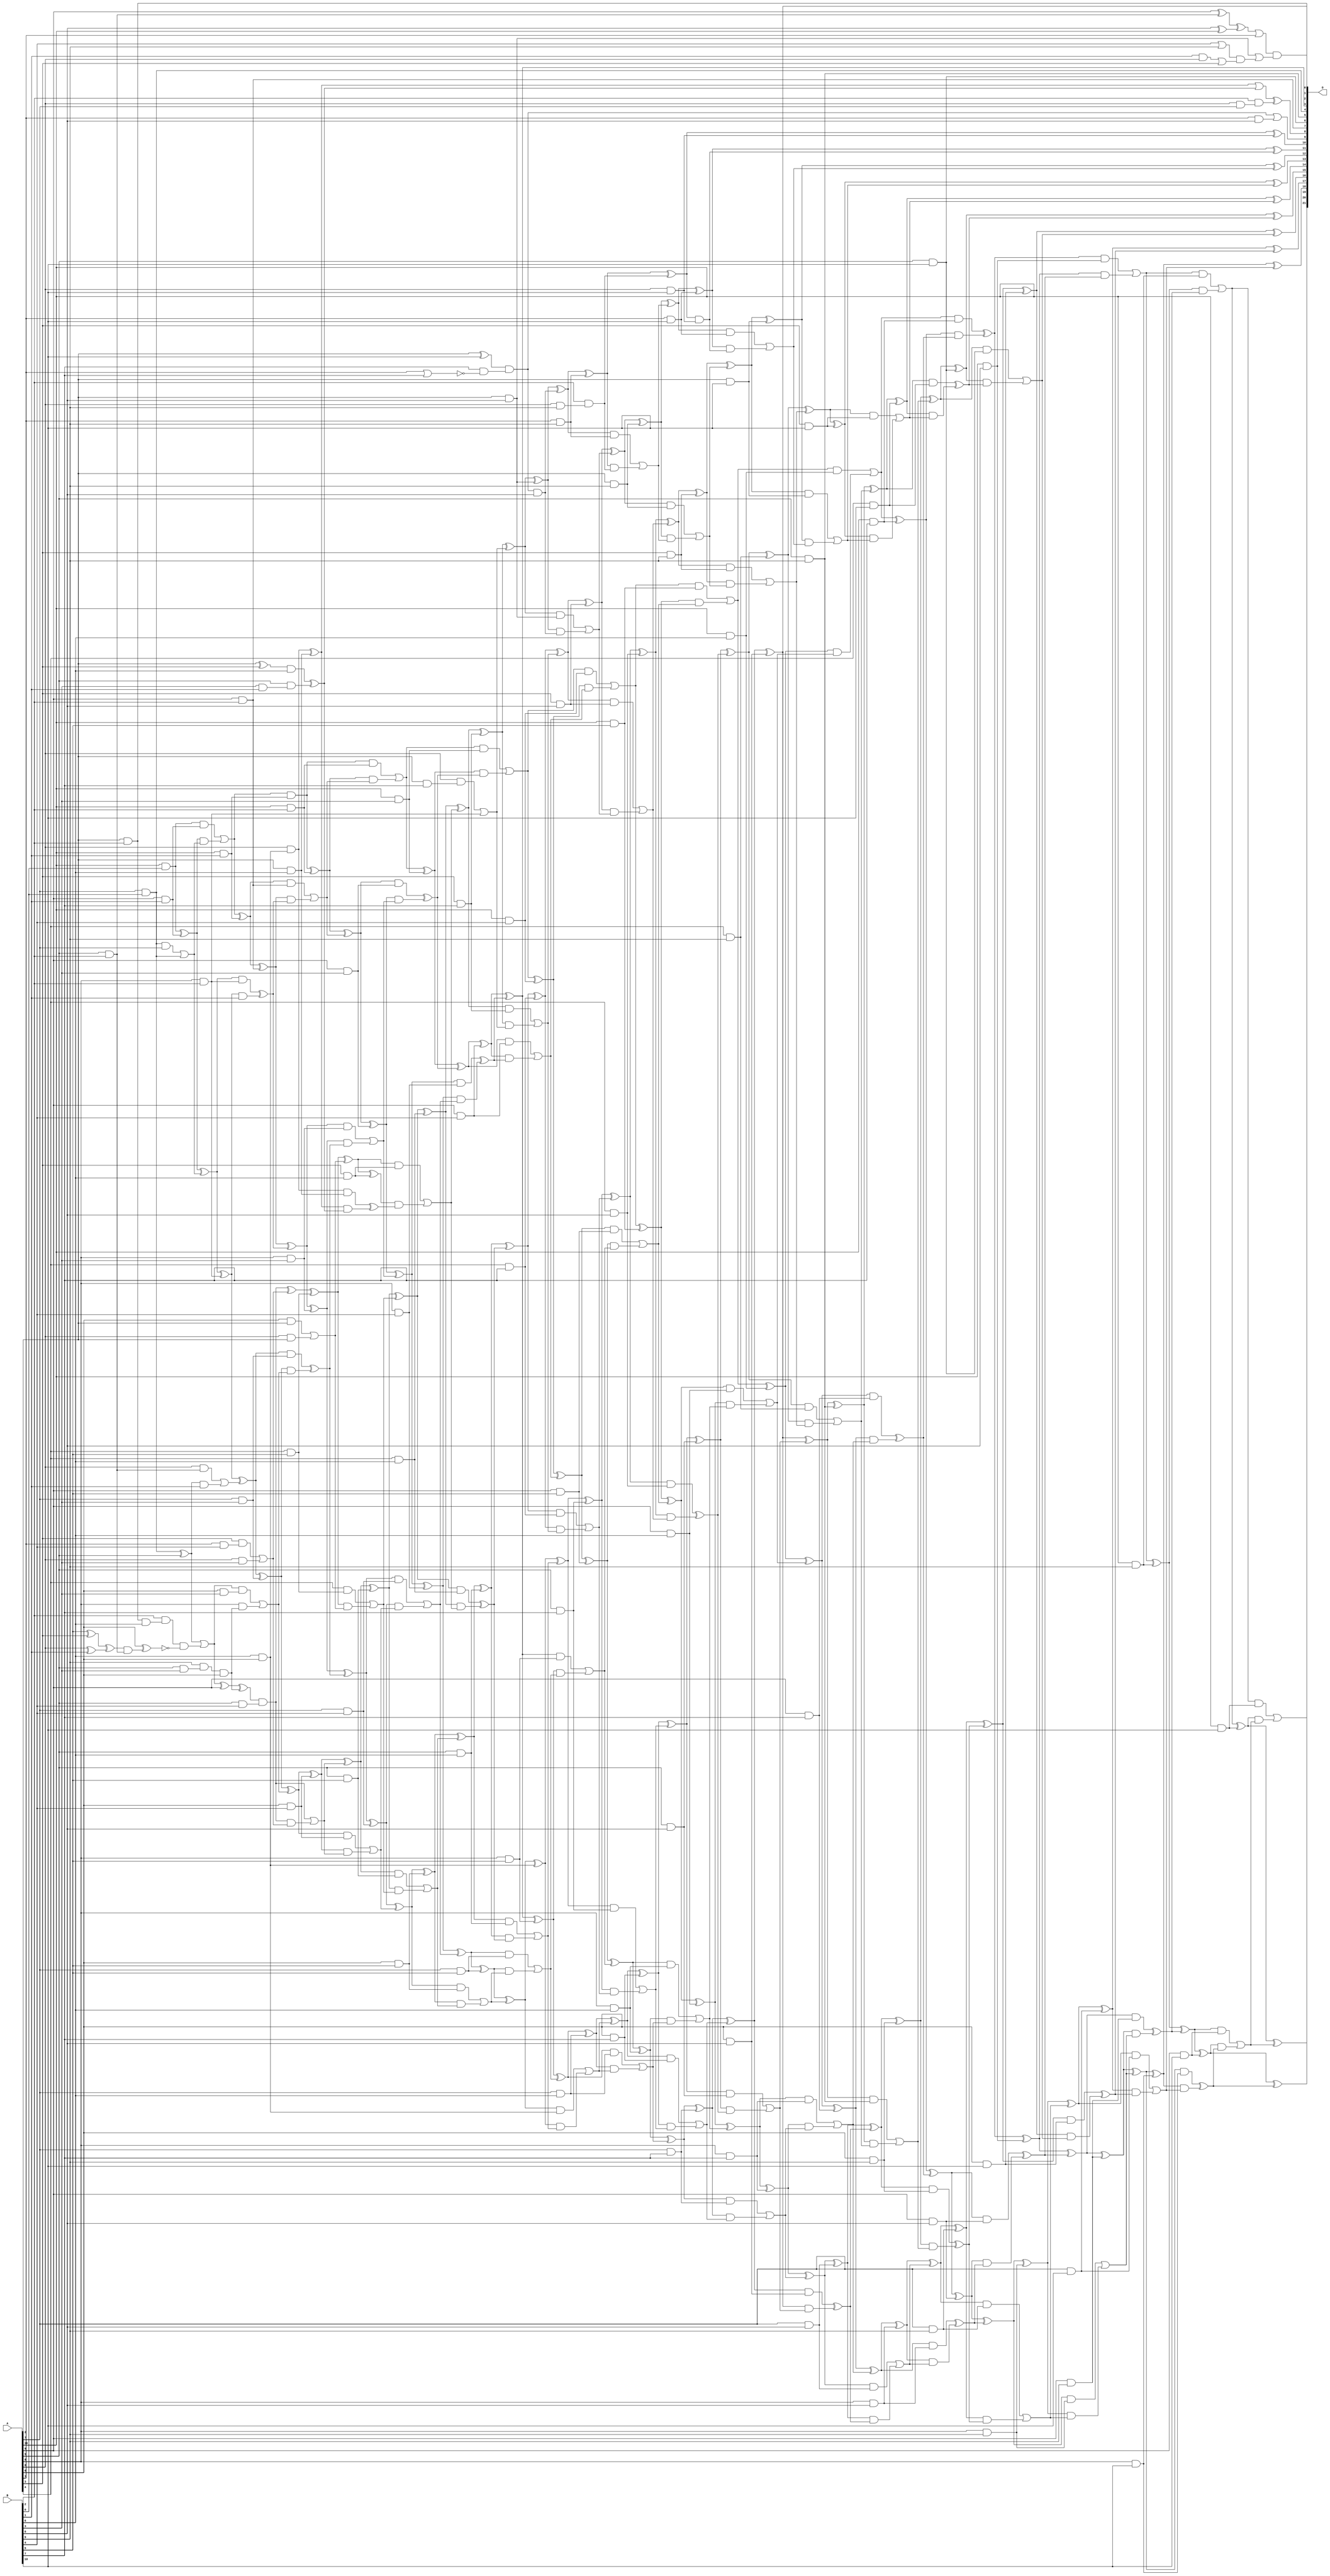
/***
* This code is a part of EvoApproxLib library (ehw.fit.vutbr.cz/approxlib) distributed under The MIT License.
* When used, please cite the following article(s): V. Mrazek, S. S. Sarwar, L. Sekanina, Z. Vasicek and K. Roy, "Design of power-efficient approximate multipliers for approximate artificial neural networks," 2016 IEEE/ACM International Conference on Computer-Aided Design (ICCAD), Austin, TX, 2016, pp. 1-7. doi: 10.1145/2966986.2967021 
* This file contains a circuit from a sub-set of pareto optimal circuits with respect to the pwr and wce parameters
***/
// MAE% = 0.019 %
// MAE = 816 
// WCE% = 0.098 %
// WCE = 4129 
// WCRE% = 2460.00 %
// EP% = 99.71 %
// MRE% = 0.80 %
// MSE = 10360.917e2 
// PDK45_PWR = 0.707 mW
// PDK45_AREA = 1085.0 um2
// PDK45_DELAY = 2.40 ns


module mul11u_07G(A, B, O);
  input [10:0] A, B;
  output [21:0] O;
  wire [10:0] A, B;
  wire [21:0] O;
  wire sig_31, sig_32, sig_42, sig_43, sig_70, sig_71;
  wire sig_72, sig_74, sig_75, sig_79, sig_81, sig_82;
  wire sig_83, sig_85, sig_86, sig_87, sig_88, sig_89;
  wire sig_90, sig_91, sig_92, sig_98, sig_100, sig_101;
  wire sig_103, sig_125, sig_126, sig_127, sig_129, sig_130;
  wire sig_132, sig_133, sig_135, sig_136, sig_137, sig_138;
  wire sig_139, sig_140, sig_141, sig_142, sig_143, sig_144;
  wire sig_145, sig_146, sig_147, sig_148, sig_149, sig_150;
  wire sig_151, sig_152, sig_153, sig_154, sig_155, sig_158;
  wire sig_161, sig_162, sig_163, sig_164, sig_165, sig_166;
  wire sig_175, sig_178, sig_179, sig_180, sig_181, sig_183;
  wire sig_184, sig_187, sig_190, sig_192, sig_193, sig_194;
  wire sig_195, sig_196, sig_197, sig_198, sig_199, sig_200;
  wire sig_201, sig_202, sig_203, sig_204, sig_205, sig_206;
  wire sig_207, sig_208, sig_209, sig_210, sig_211, sig_212;
  wire sig_213, sig_214, sig_215, sig_216, sig_217, sig_218;
  wire sig_223, sig_224, sig_225, sig_226, sig_227, sig_228;
  wire sig_229, sig_246, sig_248, sig_249, sig_251, sig_252;
  wire sig_253, sig_254, sig_255, sig_256, sig_257, sig_258;
  wire sig_259, sig_260, sig_261, sig_262, sig_263, sig_264;
  wire sig_265, sig_266, sig_267, sig_268, sig_269, sig_270;
  wire sig_271, sig_272, sig_273, sig_274, sig_276, sig_277;
  wire sig_278, sig_279, sig_280, sig_281, sig_286, sig_287;
  wire sig_288, sig_289, sig_290, sig_291, sig_292, sig_301;
  wire sig_303, sig_304, sig_305, sig_306, sig_307, sig_308;
  wire sig_309, sig_310, sig_311, sig_312, sig_313, sig_314;
  wire sig_315, sig_316, sig_317, sig_318, sig_319, sig_320;
  wire sig_321, sig_322, sig_323, sig_324, sig_325, sig_326;
  wire sig_327, sig_328, sig_329, sig_330, sig_331, sig_332;
  wire sig_333, sig_334, sig_335, sig_336, sig_337, sig_338;
  wire sig_339, sig_340, sig_341, sig_342, sig_343, sig_344;
  wire sig_347, sig_348, sig_349, sig_350, sig_351, sig_352;
  wire sig_353, sig_354, sig_355, sig_357, sig_359, sig_360;
  wire sig_362, sig_363, sig_364, sig_365, sig_366, sig_367;
  wire sig_368, sig_369, sig_370, sig_372, sig_373, sig_374;
  wire sig_375, sig_376, sig_377, sig_378, sig_379, sig_380;
  wire sig_381, sig_382, sig_383, sig_384, sig_385, sig_386;
  wire sig_387, sig_388, sig_389, sig_390, sig_391, sig_392;
  wire sig_393, sig_394, sig_395, sig_396, sig_397, sig_398;
  wire sig_399, sig_400, sig_401, sig_402, sig_403, sig_404;
  wire sig_405, sig_406, sig_407, sig_408, sig_409, sig_410;
  wire sig_411, sig_412, sig_413, sig_414, sig_415, sig_416;
  wire sig_417, sig_418, sig_420, sig_421, sig_422, sig_424;
  wire sig_425, sig_426, sig_427, sig_428, sig_429, sig_430;
  wire sig_431, sig_432, sig_433, sig_434, sig_435, sig_436;
  wire sig_437, sig_438, sig_439, sig_440, sig_441, sig_442;
  wire sig_443, sig_444, sig_445, sig_446, sig_447, sig_448;
  wire sig_449, sig_450, sig_451, sig_452, sig_453, sig_454;
  wire sig_455, sig_456, sig_457, sig_458, sig_459, sig_460;
  wire sig_461, sig_462, sig_463, sig_464, sig_465, sig_466;
  wire sig_467, sig_468, sig_469, sig_470, sig_472, sig_473;
  wire sig_474, sig_475, sig_476, sig_477, sig_478, sig_479;
  wire sig_480, sig_481, sig_484, sig_485, sig_487, sig_488;
  wire sig_489, sig_490, sig_491, sig_492, sig_493, sig_494;
  wire sig_495, sig_496, sig_497, sig_498, sig_499, sig_500;
  wire sig_501, sig_502, sig_503, sig_504, sig_505, sig_506;
  wire sig_507, sig_508, sig_510, sig_511, sig_512, sig_513;
  wire sig_514, sig_515, sig_516, sig_517, sig_518, sig_519;
  wire sig_520, sig_521, sig_522, sig_523, sig_524, sig_525;
  wire sig_526, sig_527, sig_528, sig_529, sig_530, sig_531;
  wire sig_532, sig_533, sig_534, sig_535, sig_536, sig_537;
  wire sig_538, sig_540, sig_541, sig_542, sig_543, sig_544;
  wire sig_546, sig_547, sig_548, sig_549, sig_550, sig_551;
  wire sig_552, sig_553, sig_554, sig_555, sig_556, sig_557;
  wire sig_558, sig_559, sig_560, sig_561, sig_562, sig_563;
  wire sig_564, sig_565, sig_566, sig_567, sig_568, sig_569;
  wire sig_570, sig_571, sig_572, sig_573, sig_574, sig_575;
  wire sig_576, sig_577, sig_578, sig_579, sig_580, sig_581;
  wire sig_582, sig_583, sig_584, sig_585, sig_586, sig_587;
  wire sig_588, sig_589, sig_590, sig_591, sig_592, sig_593;
  wire sig_594, sig_595, sig_596, sig_597, sig_598, sig_599;
  wire sig_600, sig_601, sig_603, sig_604, sig_605, sig_606;
  wire sig_607, sig_609, sig_610, sig_611, sig_612, sig_614;
  wire sig_615, sig_616, sig_617, sig_619, sig_620, sig_621;
  wire sig_622, sig_624, sig_625, sig_626, sig_627, sig_629;
  wire sig_630, sig_631, sig_632, sig_634, sig_635, sig_636;
  wire sig_637, sig_639, sig_640, sig_641, sig_642, sig_644;
  wire sig_645, sig_646, sig_647, sig_649, sig_650, sig_651;
  wire sig_652, sig_654, sig_655, sig_656, sig_657;
  assign O[0] = A[2] & B[2];
  assign sig_31 = A[7] & B[0];
  assign sig_32 = A[10] & B[0];
  assign sig_42 = A[9] & B[1];
  assign sig_43 = A[10] & B[1];
  assign sig_70 = A[0] ^ B[1];
  assign sig_71 = B[5] ^ A[3];
  assign sig_72 = O[0] & B[6];
  assign sig_74 = sig_71 ^ sig_70;
  assign sig_75 = sig_72;
  assign sig_79 = B[2] & sig_75;
  assign sig_81 = sig_31;
  assign sig_82 = sig_31 & A[7];
  assign sig_83 = sig_81;
  assign O[4] = sig_81;
  assign sig_85 = sig_82 | sig_83;
  assign sig_86 = sig_32 ^ sig_42;
  assign sig_87 = sig_32 & sig_42;
  assign sig_88 = sig_86 & sig_85;
  assign sig_89 = sig_86 ^ sig_85;
  assign sig_90 = sig_87 | sig_88;
  assign sig_91 = sig_90 ^ sig_43;
  assign sig_92 = sig_90 & sig_43;
  assign sig_98 = A[5] & B[2];
  assign sig_100 = A[5] & B[2];
  assign sig_101 = A[8] & B[2];
  assign O[7] = A[9] & B[2];
  assign sig_103 = A[10] & B[2];
  assign sig_125 = B[8] ^ A[10];
  assign sig_126 = A[9] ^ sig_98;
  assign sig_127 = sig_74 & sig_98;
  assign sig_129 = sig_126 ^ sig_125;
  assign sig_130 = sig_127;
  assign sig_132 = sig_79;
  assign sig_133 = !(A[6] ^ sig_130);
  assign sig_135 = sig_132 & sig_133;
  assign sig_136 = O[4] ^ A[5];
  assign sig_137 = A[0] & sig_100;
  assign sig_138 = sig_136 & B[1];
  assign sig_139 = sig_136 | sig_135;
  assign sig_140 = sig_137 | sig_138;
  assign sig_141 = sig_89 ^ sig_101;
  assign sig_142 = sig_89 & sig_101;
  assign sig_143 = sig_141 & B[1];
  assign sig_144 = sig_141 ^ sig_140;
  assign sig_145 = sig_142 ^ sig_143;
  assign sig_146 = sig_91 ^ O[7];
  assign sig_147 = sig_91 & O[7];
  assign sig_148 = sig_146 & sig_145;
  assign sig_149 = sig_146 ^ sig_145;
  assign sig_150 = sig_147 | sig_148;
  assign sig_151 = sig_92 ^ sig_103;
  assign sig_152 = sig_92 & sig_103;
  assign sig_153 = sig_151 & sig_150;
  assign sig_154 = sig_151 ^ sig_150;
  assign sig_155 = sig_152 | sig_153;
  assign sig_158 = A[0];
  assign sig_161 = A[5] & B[3];
  assign sig_162 = A[6] & B[3];
  assign sig_163 = A[7] & B[3];
  assign sig_164 = A[8] & B[3];
  assign sig_165 = A[9] & B[3];
  assign sig_166 = A[10] & B[3];
  assign sig_175 = B[1] & sig_158;
  assign sig_178 = sig_175 | A[3];
  assign sig_179 = B[4] | B[9];
  assign sig_180 = A[2] & B[8];
  assign sig_181 = sig_179 & sig_178;
  assign sig_183 = sig_180 | sig_181;
  assign sig_184 = sig_129 | A[1];
  assign sig_187 = sig_184 & sig_183;
  assign sig_190 = B[9] & sig_161;
  assign sig_192 = A[3];
  assign sig_193 = sig_190 & A[6];
  assign sig_194 = sig_139 ^ A[9];
  assign sig_195 = sig_139 & sig_162;
  assign sig_196 = A[8] & sig_193;
  assign sig_197 = sig_194 ^ sig_193;
  assign sig_198 = sig_195 | sig_196;
  assign sig_199 = sig_144 ^ sig_163;
  assign sig_200 = sig_144 & sig_163;
  assign sig_201 = sig_199 & sig_198;
  assign sig_202 = sig_199 ^ sig_198;
  assign sig_203 = sig_200 ^ sig_201;
  assign sig_204 = sig_149 ^ sig_164;
  assign sig_205 = sig_149 & sig_164;
  assign sig_206 = sig_204 & sig_203;
  assign sig_207 = sig_204 ^ sig_203;
  assign sig_208 = sig_205 | sig_206;
  assign sig_209 = sig_154 ^ sig_165;
  assign sig_210 = sig_154 & sig_165;
  assign sig_211 = sig_209 & sig_208;
  assign sig_212 = sig_209 ^ sig_208;
  assign sig_213 = sig_210 ^ sig_211;
  assign sig_214 = sig_155 ^ sig_166;
  assign sig_215 = sig_155 & sig_166;
  assign sig_216 = sig_214 & sig_213;
  assign sig_217 = sig_214 ^ sig_213;
  assign sig_218 = sig_215 | sig_216;
  assign sig_223 = A[1] & B[4];
  assign sig_224 = A[5] & B[4];
  assign sig_225 = A[6] & B[4];
  assign sig_226 = A[7] & B[4];
  assign sig_227 = A[8] & B[4];
  assign sig_228 = A[9] & B[4];
  assign sig_229 = A[10] & B[4];
  assign O[1] = sig_187;
  assign sig_246 = B[3];
  assign sig_248 = sig_192 & sig_223;
  assign sig_249 = A[0] & sig_246;
  assign sig_251 = sig_248 | sig_249;
  assign sig_252 = sig_197 & sig_224;
  assign sig_253 = sig_197 & sig_224;
  assign sig_254 = sig_252 & sig_251;
  assign sig_255 = sig_252 ^ sig_251;
  assign sig_256 = sig_253 | sig_254;
  assign sig_257 = sig_202 ^ sig_225;
  assign sig_258 = sig_202 & sig_225;
  assign sig_259 = sig_257 & sig_256;
  assign sig_260 = sig_257 ^ sig_256;
  assign sig_261 = sig_258 | sig_259;
  assign sig_262 = sig_207 ^ sig_226;
  assign sig_263 = sig_207 & sig_226;
  assign sig_264 = sig_262 & sig_261;
  assign sig_265 = sig_262 ^ sig_261;
  assign sig_266 = sig_263 | sig_264;
  assign sig_267 = sig_212 ^ sig_227;
  assign sig_268 = sig_212 & sig_227;
  assign sig_269 = sig_267 & sig_266;
  assign sig_270 = sig_267 ^ sig_266;
  assign sig_271 = sig_268 ^ sig_269;
  assign sig_272 = sig_217 ^ sig_228;
  assign sig_273 = sig_217 & sig_228;
  assign sig_274 = sig_272 & sig_271;
  assign O[3] = sig_272 ^ sig_271;
  assign sig_276 = sig_273 | sig_274;
  assign sig_277 = sig_218 ^ sig_229;
  assign sig_278 = sig_218 & sig_229;
  assign sig_279 = sig_277 & sig_276;
  assign sig_280 = sig_277 ^ sig_276;
  assign sig_281 = sig_278 | sig_279;
  assign sig_286 = A[4] & B[5];
  assign sig_287 = A[5] & B[5];
  assign sig_288 = A[6] & B[5];
  assign sig_289 = A[7] & B[5];
  assign sig_290 = A[8] & B[5];
  assign sig_291 = A[9] & B[5];
  assign sig_292 = A[10] & B[5];
  assign sig_301 = B[6] & A[6];
  assign sig_303 = A[2] ^ A[3];
  assign sig_304 = sig_301;
  assign sig_305 = A[0];
  assign sig_306 = A[6] & A[2];
  assign sig_307 = sig_305 & A[2];
  assign sig_308 = sig_305 & sig_304;
  assign sig_309 = sig_306 | sig_307;
  assign sig_310 = sig_255 ^ sig_286;
  assign sig_311 = A[4] & sig_286;
  assign sig_312 = sig_310 & sig_309;
  assign sig_313 = sig_310 ^ sig_309;
  assign sig_314 = sig_311 | sig_312;
  assign sig_315 = sig_260 ^ sig_287;
  assign sig_316 = sig_260 & sig_287;
  assign sig_317 = sig_315 & sig_314;
  assign sig_318 = sig_315 ^ sig_314;
  assign sig_319 = sig_316 | sig_317;
  assign sig_320 = sig_265 ^ sig_288;
  assign sig_321 = sig_265 & sig_288;
  assign sig_322 = sig_320 & sig_319;
  assign sig_323 = sig_320 ^ sig_319;
  assign sig_324 = sig_321 | sig_322;
  assign sig_325 = sig_270 ^ sig_289;
  assign sig_326 = sig_270 & sig_289;
  assign sig_327 = sig_325 & sig_324;
  assign sig_328 = sig_325 ^ sig_324;
  assign sig_329 = sig_326 | sig_327;
  assign sig_330 = O[3] ^ sig_290;
  assign sig_331 = O[3] & sig_290;
  assign sig_332 = sig_330 & sig_329;
  assign sig_333 = sig_330 ^ sig_329;
  assign sig_334 = sig_331 | sig_332;
  assign sig_335 = sig_280 ^ sig_291;
  assign sig_336 = sig_280 & sig_291;
  assign sig_337 = sig_335 & sig_334;
  assign sig_338 = sig_335 ^ sig_334;
  assign sig_339 = sig_336 | sig_337;
  assign sig_340 = sig_281 ^ sig_292;
  assign sig_341 = sig_281 & sig_292;
  assign sig_342 = sig_340 & sig_339;
  assign sig_343 = sig_340 ^ sig_339;
  assign sig_344 = sig_341 | sig_342;
  assign sig_347 = A[2] & B[6];
  assign sig_348 = A[3] & B[6];
  assign sig_349 = A[4] & B[6];
  assign sig_350 = A[5] & B[6];
  assign sig_351 = A[6] & B[6];
  assign sig_352 = A[7] & B[6];
  assign sig_353 = A[8] & B[6];
  assign sig_354 = A[9] & B[6];
  assign sig_355 = A[10] & B[6];
  assign sig_357 = B[3] & B[1];
  assign sig_359 = sig_303 & B[6];
  assign sig_360 = A[5] & sig_357;
  assign sig_362 = sig_359 ^ sig_360;
  assign sig_363 = sig_308 ^ sig_347;
  assign sig_364 = sig_308 & sig_347;
  assign sig_365 = sig_363 & sig_362;
  assign sig_366 = sig_363 | sig_362;
  assign sig_367 = sig_364 ^ sig_365;
  assign sig_368 = sig_313 ^ sig_348;
  assign sig_369 = sig_313 & sig_348;
  assign sig_370 = sig_368 & sig_367;
  assign sig_372 = sig_369 | sig_370;
  assign sig_373 = sig_318 ^ sig_349;
  assign sig_374 = sig_318 & sig_349;
  assign sig_375 = sig_373 & sig_372;
  assign sig_376 = sig_373 ^ sig_372;
  assign sig_377 = sig_374 ^ sig_375;
  assign sig_378 = sig_323 ^ sig_350;
  assign sig_379 = sig_323 & sig_350;
  assign sig_380 = sig_378 & sig_377;
  assign sig_381 = sig_378 ^ sig_377;
  assign sig_382 = sig_379 | sig_380;
  assign sig_383 = sig_328 ^ sig_351;
  assign sig_384 = sig_328 & sig_351;
  assign sig_385 = sig_383 & sig_382;
  assign sig_386 = sig_383 ^ sig_382;
  assign sig_387 = sig_384 | sig_385;
  assign sig_388 = sig_333 ^ sig_352;
  assign sig_389 = sig_333 & sig_352;
  assign sig_390 = sig_388 & sig_387;
  assign sig_391 = sig_388 ^ sig_387;
  assign sig_392 = sig_389 | sig_390;
  assign sig_393 = sig_338 ^ sig_353;
  assign sig_394 = sig_338 & sig_353;
  assign sig_395 = sig_393 & sig_392;
  assign sig_396 = sig_393 ^ sig_392;
  assign sig_397 = sig_394 | sig_395;
  assign sig_398 = sig_343 ^ sig_354;
  assign sig_399 = sig_343 & sig_354;
  assign sig_400 = sig_398 & sig_397;
  assign sig_401 = sig_398 ^ sig_397;
  assign sig_402 = sig_399 | sig_400;
  assign sig_403 = sig_344 ^ sig_355;
  assign sig_404 = sig_344 & sig_355;
  assign sig_405 = sig_403 & sig_402;
  assign sig_406 = sig_403 ^ sig_402;
  assign sig_407 = sig_404 | sig_405;
  assign sig_408 = A[0] & A[7];
  assign sig_409 = !(A[1] | B[7]);
  assign sig_410 = A[2] & B[7];
  assign sig_411 = A[3] & B[7];
  assign sig_412 = A[4] & B[7];
  assign sig_413 = A[5] & B[7];
  assign sig_414 = A[6] & B[7];
  assign sig_415 = A[7] & B[7];
  assign sig_416 = A[8] & B[7];
  assign sig_417 = A[9] & B[7];
  assign sig_418 = A[10] & B[7];
  assign sig_420 = B[2] & sig_408;
  assign sig_421 = sig_366;
  assign sig_422 = B[7] & sig_409;
  assign sig_424 = sig_421 ^ sig_420;
  assign sig_425 = sig_422;
  assign sig_426 = A[2] ^ B[10];
  assign sig_427 = A[0] & sig_410;
  assign sig_428 = B[2] & A[8];
  assign sig_429 = sig_426 & sig_425;
  assign sig_430 = sig_427 | sig_428;
  assign sig_431 = sig_376 ^ sig_411;
  assign sig_432 = sig_376 & sig_411;
  assign sig_433 = sig_431 & sig_430;
  assign sig_434 = sig_431 ^ sig_430;
  assign sig_435 = sig_432 | sig_433;
  assign sig_436 = sig_381 ^ sig_412;
  assign sig_437 = sig_381 & sig_412;
  assign sig_438 = sig_436 & sig_435;
  assign sig_439 = sig_436 ^ sig_435;
  assign sig_440 = sig_437 | sig_438;
  assign sig_441 = sig_386 ^ sig_413;
  assign sig_442 = sig_386 & sig_413;
  assign sig_443 = sig_441 & sig_440;
  assign sig_444 = sig_441 ^ sig_440;
  assign sig_445 = sig_442 | sig_443;
  assign sig_446 = sig_391 ^ sig_414;
  assign sig_447 = sig_391 & sig_414;
  assign sig_448 = sig_446 & sig_445;
  assign sig_449 = sig_446 ^ sig_445;
  assign sig_450 = sig_447 | sig_448;
  assign sig_451 = sig_396 ^ sig_415;
  assign sig_452 = sig_396 & sig_415;
  assign sig_453 = sig_451 & sig_450;
  assign sig_454 = sig_451 ^ sig_450;
  assign sig_455 = sig_452 | sig_453;
  assign sig_456 = sig_401 ^ sig_416;
  assign sig_457 = sig_401 & sig_416;
  assign sig_458 = sig_456 & sig_455;
  assign sig_459 = sig_456 ^ sig_455;
  assign sig_460 = sig_457 | sig_458;
  assign sig_461 = sig_406 ^ sig_417;
  assign sig_462 = sig_406 & sig_417;
  assign sig_463 = sig_461 & sig_460;
  assign sig_464 = sig_461 ^ sig_460;
  assign sig_465 = sig_462 ^ sig_463;
  assign sig_466 = sig_407 ^ sig_418;
  assign sig_467 = sig_407 & sig_418;
  assign sig_468 = sig_466 & sig_465;
  assign sig_469 = sig_466 ^ sig_465;
  assign sig_470 = sig_467 ^ sig_468;
  assign sig_472 = A[1] & B[8];
  assign sig_473 = A[2] & B[8];
  assign sig_474 = A[3] & B[8];
  assign sig_475 = A[4] & B[8];
  assign sig_476 = A[5] & B[8];
  assign sig_477 = A[6] & B[8];
  assign sig_478 = A[7] & B[8];
  assign sig_479 = A[8] & B[8];
  assign sig_480 = A[9] & B[8];
  assign sig_481 = A[10] & B[8];
  assign O[8] = sig_424;
  assign sig_484 = sig_429 | sig_472;
  assign sig_485 = sig_429 & B[8];
  assign sig_487 = sig_484;
  assign sig_488 = sig_485;
  assign sig_489 = sig_434 ^ sig_473;
  assign sig_490 = sig_434 & sig_473;
  assign sig_491 = sig_489 & sig_488;
  assign sig_492 = sig_489 ^ sig_488;
  assign sig_493 = sig_490 | sig_491;
  assign sig_494 = sig_439 ^ sig_474;
  assign sig_495 = sig_439 & sig_474;
  assign sig_496 = sig_494 & sig_493;
  assign sig_497 = sig_494 ^ sig_493;
  assign sig_498 = sig_495 | sig_496;
  assign sig_499 = sig_444 ^ sig_475;
  assign sig_500 = sig_444 & sig_475;
  assign sig_501 = sig_499 & sig_498;
  assign sig_502 = sig_499 ^ sig_498;
  assign sig_503 = sig_500 ^ sig_501;
  assign sig_504 = sig_449 ^ sig_476;
  assign sig_505 = sig_449 & sig_476;
  assign sig_506 = sig_504 & sig_503;
  assign sig_507 = sig_504 ^ sig_503;
  assign sig_508 = sig_505 | sig_506;
  assign O[2] = sig_454 ^ sig_477;
  assign sig_510 = sig_454 & sig_477;
  assign sig_511 = O[2] & sig_508;
  assign sig_512 = O[2] ^ sig_508;
  assign sig_513 = sig_510 ^ sig_511;
  assign sig_514 = sig_459 ^ sig_478;
  assign sig_515 = sig_459 & sig_478;
  assign sig_516 = sig_514 & sig_513;
  assign sig_517 = sig_514 ^ sig_513;
  assign sig_518 = sig_515 | sig_516;
  assign sig_519 = sig_464 ^ sig_479;
  assign sig_520 = sig_464 & sig_479;
  assign sig_521 = sig_519 & sig_518;
  assign sig_522 = sig_519 ^ sig_518;
  assign sig_523 = sig_520 ^ sig_521;
  assign sig_524 = sig_469 ^ sig_480;
  assign sig_525 = sig_469 & sig_480;
  assign sig_526 = sig_524 & sig_523;
  assign sig_527 = sig_524 ^ sig_523;
  assign sig_528 = sig_525 ^ sig_526;
  assign sig_529 = sig_470 ^ sig_481;
  assign sig_530 = sig_470 & sig_481;
  assign sig_531 = sig_529 & sig_528;
  assign sig_532 = sig_529 ^ sig_528;
  assign sig_533 = sig_530 | sig_531;
  assign sig_534 = A[0] & B[9];
  assign sig_535 = A[1] & B[9];
  assign sig_536 = A[2] & B[9];
  assign sig_537 = A[3] & B[9];
  assign sig_538 = A[4] & B[9];
  assign O[5] = A[5] & B[9];
  assign sig_540 = A[6] & B[9];
  assign sig_541 = A[7] & B[9];
  assign sig_542 = A[8] & B[9];
  assign sig_543 = A[9] & B[9];
  assign sig_544 = A[10] & B[9];
  assign O[9] = sig_487;
  assign sig_546 = B[2] & sig_534;
  assign sig_547 = sig_492 ^ sig_535;
  assign sig_548 = sig_492 & sig_535;
  assign sig_549 = sig_547 & sig_546;
  assign sig_550 = sig_547 ^ sig_546;
  assign sig_551 = sig_548 | sig_549;
  assign sig_552 = sig_497 ^ sig_536;
  assign sig_553 = sig_497 & sig_536;
  assign sig_554 = sig_552 & sig_551;
  assign sig_555 = sig_552 ^ sig_551;
  assign sig_556 = sig_553 | sig_554;
  assign sig_557 = sig_502 ^ sig_537;
  assign sig_558 = sig_502 & sig_537;
  assign sig_559 = sig_557 & sig_556;
  assign sig_560 = sig_557 ^ sig_556;
  assign sig_561 = sig_558 | sig_559;
  assign sig_562 = sig_507 ^ sig_538;
  assign sig_563 = sig_507 & sig_538;
  assign sig_564 = sig_562 & sig_561;
  assign sig_565 = sig_562 ^ sig_561;
  assign sig_566 = sig_563 | sig_564;
  assign sig_567 = sig_512 ^ O[5];
  assign sig_568 = sig_512 & O[5];
  assign sig_569 = sig_567 & sig_566;
  assign sig_570 = sig_567 ^ sig_566;
  assign sig_571 = sig_568 | sig_569;
  assign sig_572 = sig_517 ^ sig_540;
  assign sig_573 = sig_517 & sig_540;
  assign sig_574 = sig_572 & sig_571;
  assign sig_575 = sig_572 ^ sig_571;
  assign sig_576 = sig_573 ^ sig_574;
  assign sig_577 = sig_522 ^ sig_541;
  assign sig_578 = sig_522 & sig_541;
  assign sig_579 = sig_577 & sig_576;
  assign sig_580 = sig_577 ^ sig_576;
  assign sig_581 = sig_578 | sig_579;
  assign sig_582 = sig_527 ^ sig_542;
  assign sig_583 = sig_527 & sig_542;
  assign sig_584 = sig_582 & sig_581;
  assign sig_585 = sig_582 ^ sig_581;
  assign sig_586 = sig_583 | sig_584;
  assign sig_587 = sig_532 ^ sig_543;
  assign sig_588 = sig_532 & sig_543;
  assign sig_589 = sig_587 & sig_586;
  assign sig_590 = sig_587 ^ sig_586;
  assign sig_591 = sig_588 ^ sig_589;
  assign sig_592 = sig_533 ^ sig_544;
  assign sig_593 = sig_533 & sig_544;
  assign sig_594 = sig_592 & sig_591;
  assign sig_595 = sig_592 ^ sig_591;
  assign sig_596 = sig_593 | sig_594;
  assign sig_597 = A[0] & B[10];
  assign sig_598 = A[1] & B[10];
  assign sig_599 = A[2] & B[10];
  assign sig_600 = A[3] & B[10];
  assign sig_601 = A[4] & B[10];
  assign O[6] = A[5] & B[10];
  assign sig_603 = A[6] & B[10];
  assign sig_604 = A[7] & B[10];
  assign sig_605 = A[8] & B[10];
  assign sig_606 = A[9] & B[10];
  assign sig_607 = A[10] & B[10];
  assign O[10] = sig_550 ^ sig_597;
  assign sig_609 = sig_550 & sig_597;
  assign sig_610 = sig_555 ^ sig_598;
  assign sig_611 = sig_555 & sig_598;
  assign sig_612 = sig_610 & sig_609;
  assign O[11] = sig_610 ^ sig_609;
  assign sig_614 = sig_611 | sig_612;
  assign sig_615 = sig_560 ^ sig_599;
  assign sig_616 = sig_560 & sig_599;
  assign sig_617 = sig_615 & sig_614;
  assign O[12] = sig_615 ^ sig_614;
  assign sig_619 = sig_616 | sig_617;
  assign sig_620 = sig_565 ^ sig_600;
  assign sig_621 = sig_565 & sig_600;
  assign sig_622 = sig_620 & sig_619;
  assign O[13] = sig_620 ^ sig_619;
  assign sig_624 = sig_621 | sig_622;
  assign sig_625 = sig_570 ^ sig_601;
  assign sig_626 = sig_570 & sig_601;
  assign sig_627 = sig_625 & sig_624;
  assign O[14] = sig_625 ^ sig_624;
  assign sig_629 = sig_626 ^ sig_627;
  assign sig_630 = sig_575 ^ O[6];
  assign sig_631 = sig_575 & O[6];
  assign sig_632 = sig_630 & sig_629;
  assign O[15] = sig_630 ^ sig_629;
  assign sig_634 = sig_631 | sig_632;
  assign sig_635 = sig_580 ^ sig_603;
  assign sig_636 = sig_580 & sig_603;
  assign sig_637 = sig_635 & sig_634;
  assign O[16] = sig_635 ^ sig_634;
  assign sig_639 = sig_636 ^ sig_637;
  assign sig_640 = sig_585 ^ sig_604;
  assign sig_641 = sig_585 & sig_604;
  assign sig_642 = sig_640 & sig_639;
  assign O[17] = sig_640 ^ sig_639;
  assign sig_644 = sig_641 | sig_642;
  assign sig_645 = sig_590 ^ sig_605;
  assign sig_646 = sig_590 & sig_605;
  assign sig_647 = sig_645 & sig_644;
  assign O[18] = sig_645 ^ sig_644;
  assign sig_649 = sig_646 ^ sig_647;
  assign sig_650 = sig_595 ^ sig_606;
  assign sig_651 = sig_595 & sig_606;
  assign sig_652 = sig_650 & sig_649;
  assign O[19] = sig_650 ^ sig_649;
  assign sig_654 = sig_651 | sig_652;
  assign sig_655 = sig_596 ^ sig_607;
  assign sig_656 = sig_596 & sig_607;
  assign sig_657 = sig_655 & sig_654;
  assign O[20] = sig_655 ^ sig_654;
  assign O[21] = sig_656 | sig_657;
endmodule